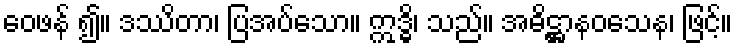
ဝေဖန် ၍။ ဒဿိတာ၊ ပြအပ်သော။ ဣဒ္ဓိ၊ သည်။ အဓိဋ္ဌာနဝသေန၊ ဖြင့်။